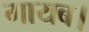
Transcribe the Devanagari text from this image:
गायब।